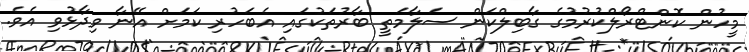
މީހުން ކޮންޓްރޯލްކުރުމުގެ ގާބިލްކަން ސަލާމަތީ ބާރުތަކުގައި އެބަހުރި ކަމަށް އޭނާ ވިދާޅުވި އެވެ.